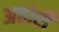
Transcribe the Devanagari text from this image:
अहोरी